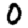
Digit: 0